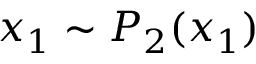
x _ { 1 } \sim P _ { 2 } ( x _ { 1 } )